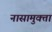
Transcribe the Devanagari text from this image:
नासामुक्ता